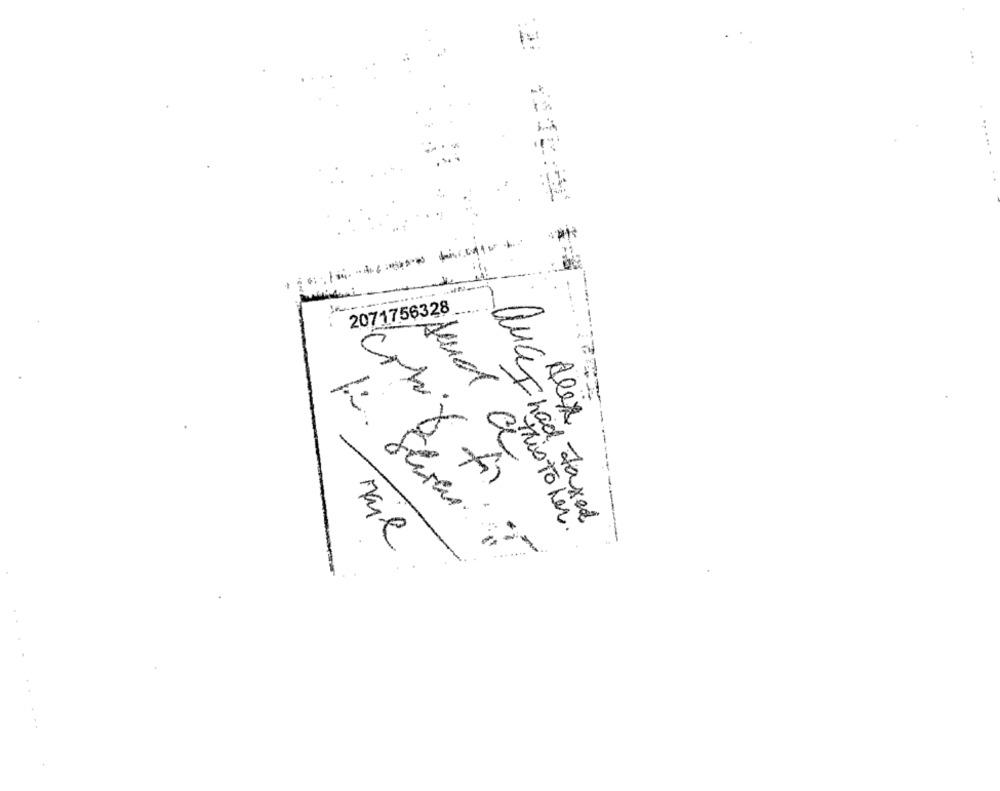
...
...
2071756328
Alex
----
K. Shran.
auchad Faxed
This to Ler.
Mail